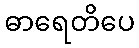
ဓာရေတိပေ